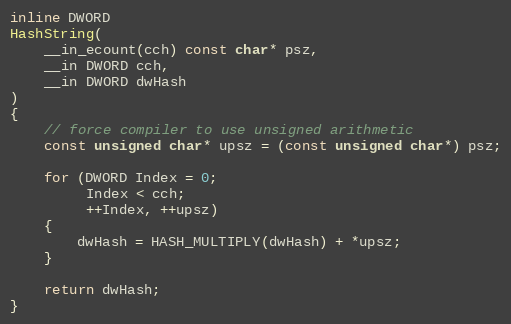
Language: C
inline DWORD
HashString(
    __in_ecount(cch) const char* psz,
    __in DWORD cch,
    __in DWORD dwHash
)
{
    // force compiler to use unsigned arithmetic
    const unsigned char* upsz = (const unsigned char*) psz;

    for (DWORD Index = 0;
         Index < cch;
         ++Index, ++upsz)
    {
        dwHash = HASH_MULTIPLY(dwHash) + *upsz;
    }

    return dwHash;
}